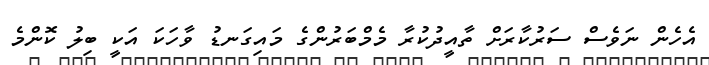
އެހެން ނަވެސް ސަރުކާރަށް ތާއީދުކުރާ މެމްބަރުންގެ މައިގަނޑު ވާހަކަ އަކީ ބިލު ކޮންމެ